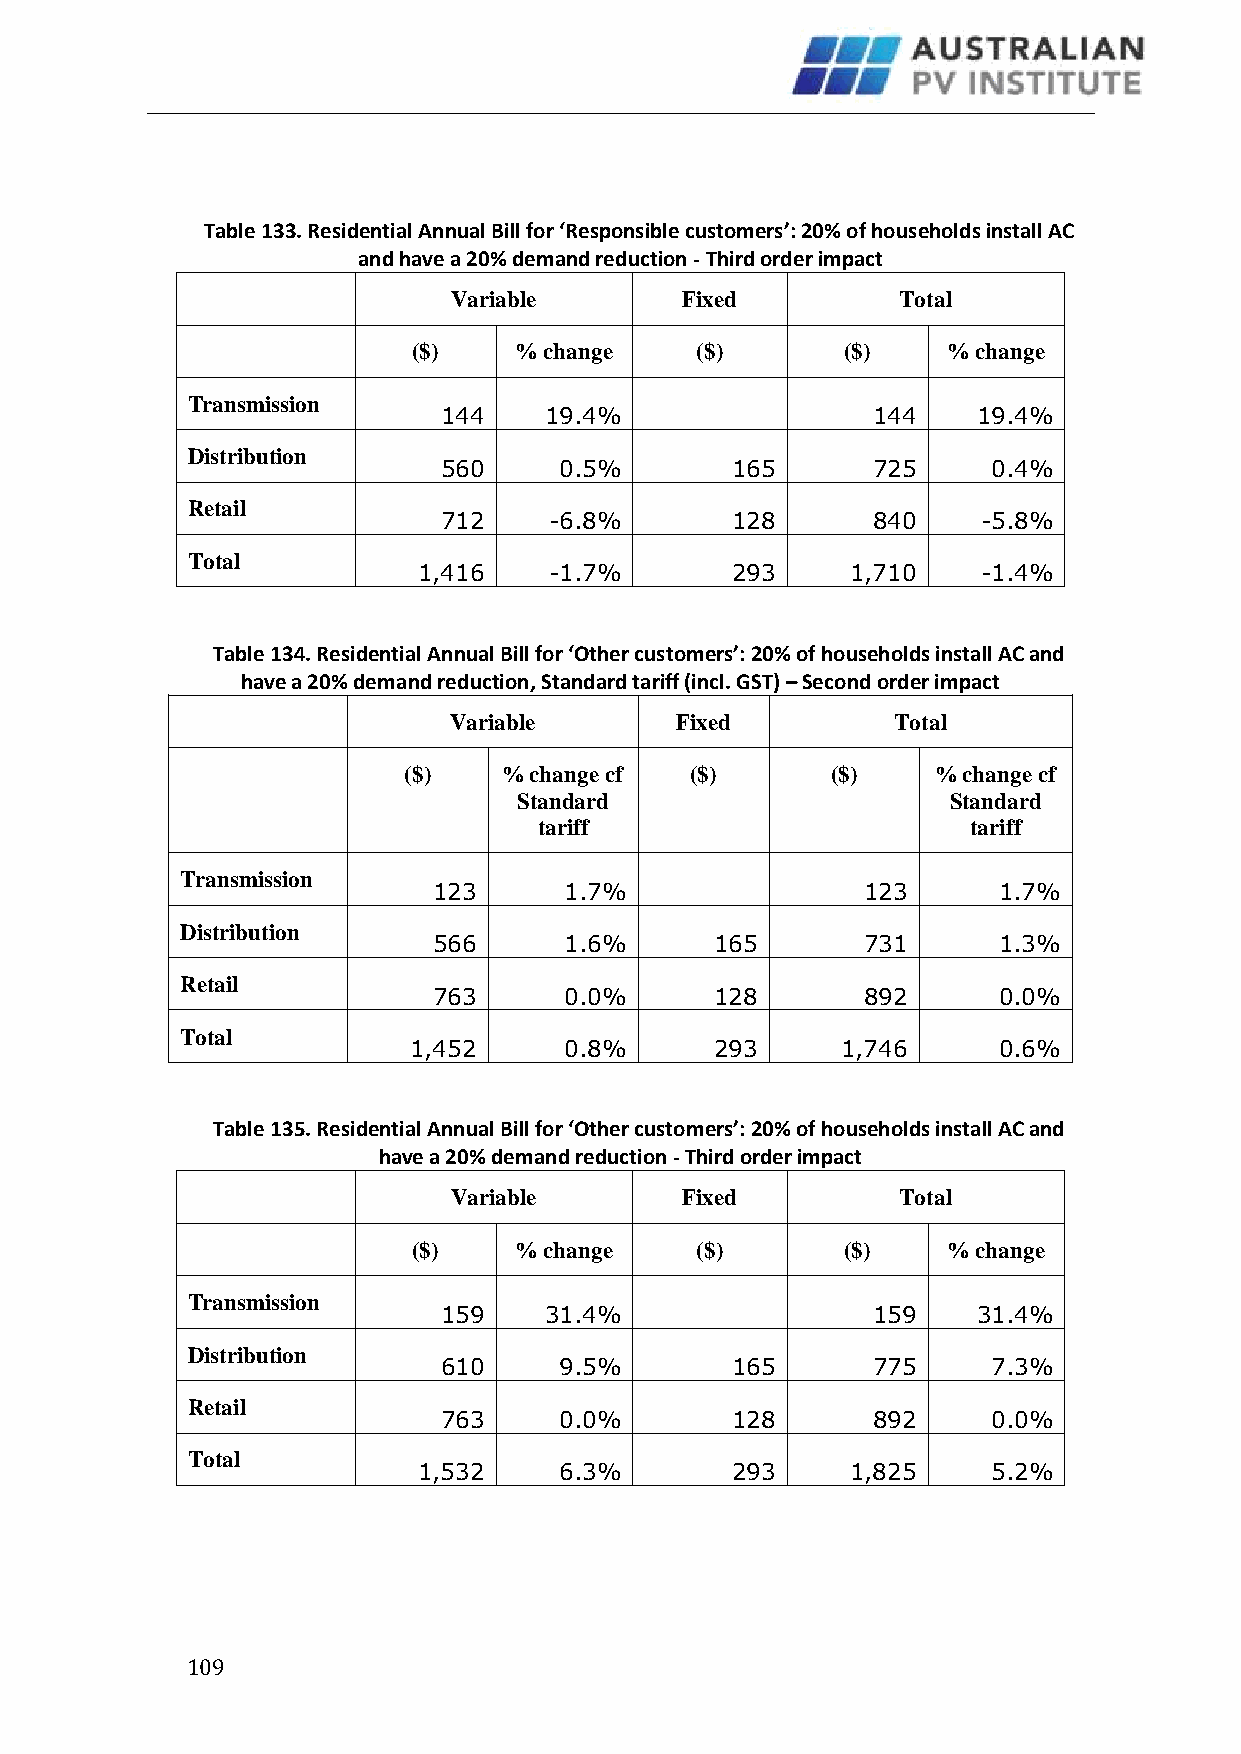
Table 133. Residential Annual Bill for ‘Responsible customers’: 20% of households install AC
 and have a 20% demand reduction - Third order impact
 Variable       Fixed          Total
 ($)    % change    ($)       ($)    % change
 Transmission
 144    19.4%                 144    19.4%
 Distribution
 560     0.5%       165       725     0.4%
 Retail
 712    -6.8%       128       840    -5.8%
 Total
 1,416   -1.7%       293     1,710    -1.4%
 Table 134. Residential Annual Bill for ‘Other customers’: 20% of households install AC and
 have a 20% demand reduction, Standard tariff (incl. GST) – Second order impact
 Variable       Fixed         Total
 ($)   % change cf  ($)      ($)    % change cf
 Standard                     Standard
 tariff                      tariff
 Transmission
 123     1.7%                123      1.7%
 Distribution
 566     1.6%      165       731      1.3%
 Retail
 763     0.0%      128       892      0.0%
 Total
 1,452     0.8%      293      1,746     0.6%
 Table 135. Residential Annual Bill for ‘Other customers’: 20% of households install AC and
 have a 20% demand reduction - Third order impact
 Variable       Fixed          Total
 ($)    % change    ($)       ($)    % change
 Transmission
 159    31.4%                 159    31.4%
 Distribution
 610     9.5%       165       775     7.3%
 Retail
 763     0.0%       128       892     0.0%
 Total
 1,532    6.3%       293     1,825     5.2%
 1 09